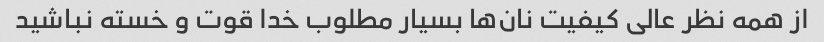
از همه نظر عالی کیفیت نان‌ها بسیار مطلوب خدا قوت و خسته نباشید